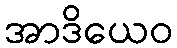
အာဒိယေဝ